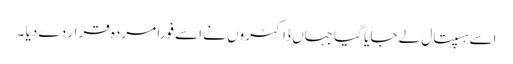
اسے ہسپتال لے جایا گیا جہاں ڈاکٹروں نے اسے فوراً مردہ قرار دے دیا ۔